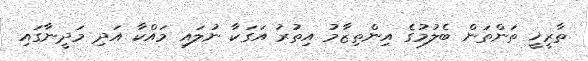
ތާރީޚީ ތަންތަން ބެލުމުގެ އިންތިޒާމު އިތުރު އަގަކާ ނުލައި މައްކާ އަދި މަދީނާގައި